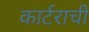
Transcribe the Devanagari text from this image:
कार्टराची